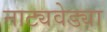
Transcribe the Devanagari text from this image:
नाट्यवेड्या